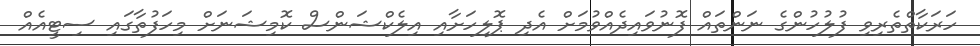
ހަރަކާތްތެރިވި ފުލުހުންގެ ނަންތައް ފޮނުވައިދެއްވުމަށް އެދި ޕޮލިހަށާއި އިލެކްޝަންސް ކޮމިޝަނަށް މިހަފުތާގައި ސިޓީއެއް